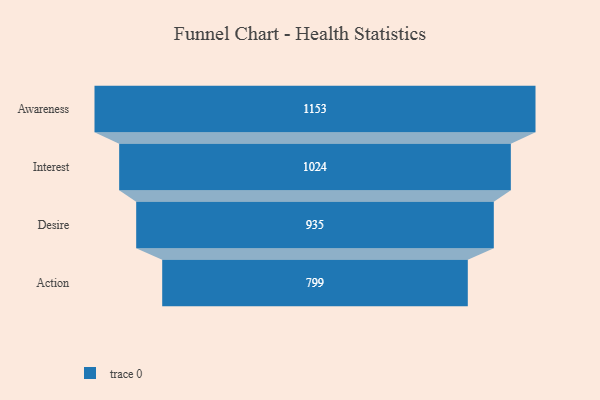
{"axis": {"x": "Stage", "y": "Value"}, "legend": [""], "data": [{"x": "Awareness", "y": 1153.0, "type": ""}, {"x": "Interest", "y": 1024.0, "type": ""}, {"x": "Desire", "y": 935.0, "type": ""}, {"x": "Action", "y": 799.0, "type": ""}]}